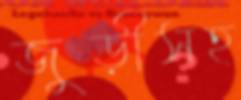
জুড়ীসহ